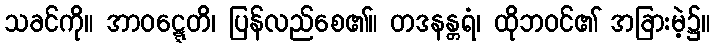
သခင်ကို။ အာဝဋ္ဋေတိ၊ ပြန်လည်စေ၏။ တဒနန္တရံ၊ ထိုဘဝင်၏ အခြားမဲ့၌။